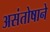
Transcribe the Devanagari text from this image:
असंतोषाने